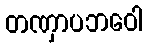
တဏှာပဘဝေါ